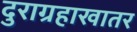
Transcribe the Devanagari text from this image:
दुराग्रहाखातर